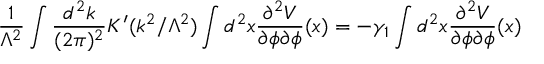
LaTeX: \frac { 1 } { \Lambda ^ { 2 } } \int \frac { d ^ { 2 } k } { ( 2 \pi ) ^ { 2 } } K ^ { \prime } ( k ^ { 2 } / \Lambda ^ { 2 } ) \int d ^ { 2 } x \frac { \partial ^ { 2 } { \cal V } } { \partial \phi \partial \phi } ( x ) = - \gamma _ { 1 } \int d ^ { 2 } x \frac { \partial ^ { 2 } { \cal V } } { \partial \phi \partial \phi } ( x )